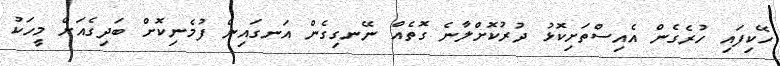
ހޭކިފައި ހުރެގެން އެއިސްތަށިކޮޅު ދުރުކޮށްލާނެ ގޮތެއް ނޭނގިގެން އަނގައިން ފުމެނިކޮށް ބަދިގެއަށް މީހަކު